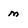
Character: m